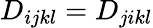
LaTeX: D_{ijkl}=D_{jikl}